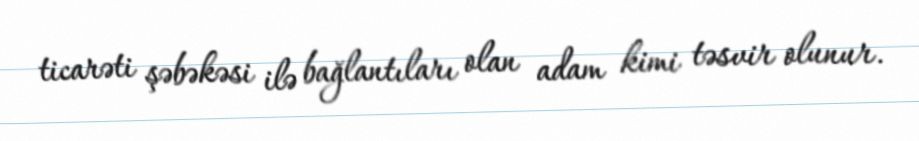
ticarəti şəbəkəsi ilə bağlantıları olan adam kimi təsvir olunur.